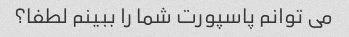
می توانم پاسپورت شما را ببینم لطفا؟